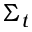
\Sigma _ { t }